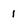
Character: 1